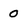
Character: 0